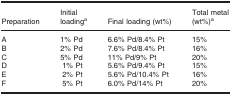
<table><thead><tr><td><b>Preparation</b></td><td><b>Initial loadinga</b></td><td><b>Final loading (wt%)</b></td><td><b>Total metal (wt%)a</b></td></tr></thead><tbody><tr><td>A</td><td>1% Pd</td><td>6.6% Pd/8.4% Pt</td><td>15%</td></tr><tr><td>B</td><td>2% Pd</td><td>7.6% Pd/8.4% Pt</td><td>16%</td></tr><tr><td>C</td><td>5% Pd</td><td>11% Pd/9% Pt</td><td>20%</td></tr><tr><td>D</td><td>1% Pt</td><td>5.6% Pd/9.4% Pt</td><td>15%</td></tr><tr><td>E</td><td>2% Pt</td><td>5.6% Pd/10.4% Pt</td><td>16%</td></tr><tr><td>F</td><td>5% Pt</td><td>6.0% Pd/14% Pt</td><td>20%</td></tr></tbody></table>